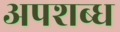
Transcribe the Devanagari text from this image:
अपशब्ध